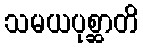
သမယပုစ္ဆာတိ